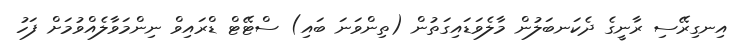
އިނގިރޭސި ރާނީގެ ދެކަނބަލުން މާލެވަޑައިގަތުން (ތިންވަނަ ބައި) ސްޓޭޓް ޑްރައިވް ނިންމަވާލެއްވުމަށް ފަހު